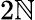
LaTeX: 2\mathbb{N}